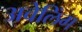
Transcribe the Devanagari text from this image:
अवेलिंग